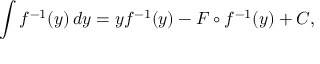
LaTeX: \int f ^ { - 1 } ( y ) \, d y = y f ^ { - 1 } ( y ) - F \circ f ^ { - 1 } ( y ) + C ,